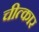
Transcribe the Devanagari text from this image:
चीत्‍कार